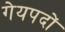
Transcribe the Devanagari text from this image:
गेयपदों